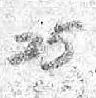
25